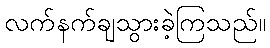
လက်နက်ချသွားခဲ့ကြသည်။